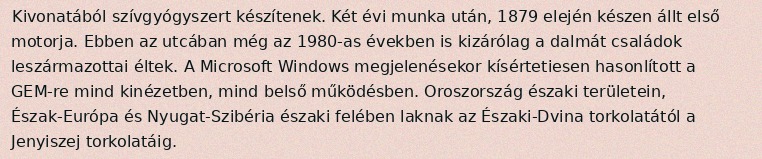
Kivonatából szívgyógyszert készítenek. Két évi munka után, 1879 elején készen állt első motorja. Ebben az utcában még az 1980-as években is kizárólag a dalmát családok leszármazottai éltek. A Microsoft Windows megjelenésekor kísértetiesen hasonlított a GEM-re mind kinézetben, mind belső működésben. Oroszország északi területein, Észak-Európa és Nyugat-Szibéria északi felében laknak az Északi-Dvina torkolatától a Jenyiszej torkolatáig.